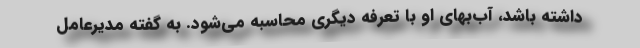
داشته باشد، آب‌بهای او با تعرفه‌ دیگری محاسبه می‌شود. به گفته مدیرعامل